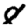
Digit: 8